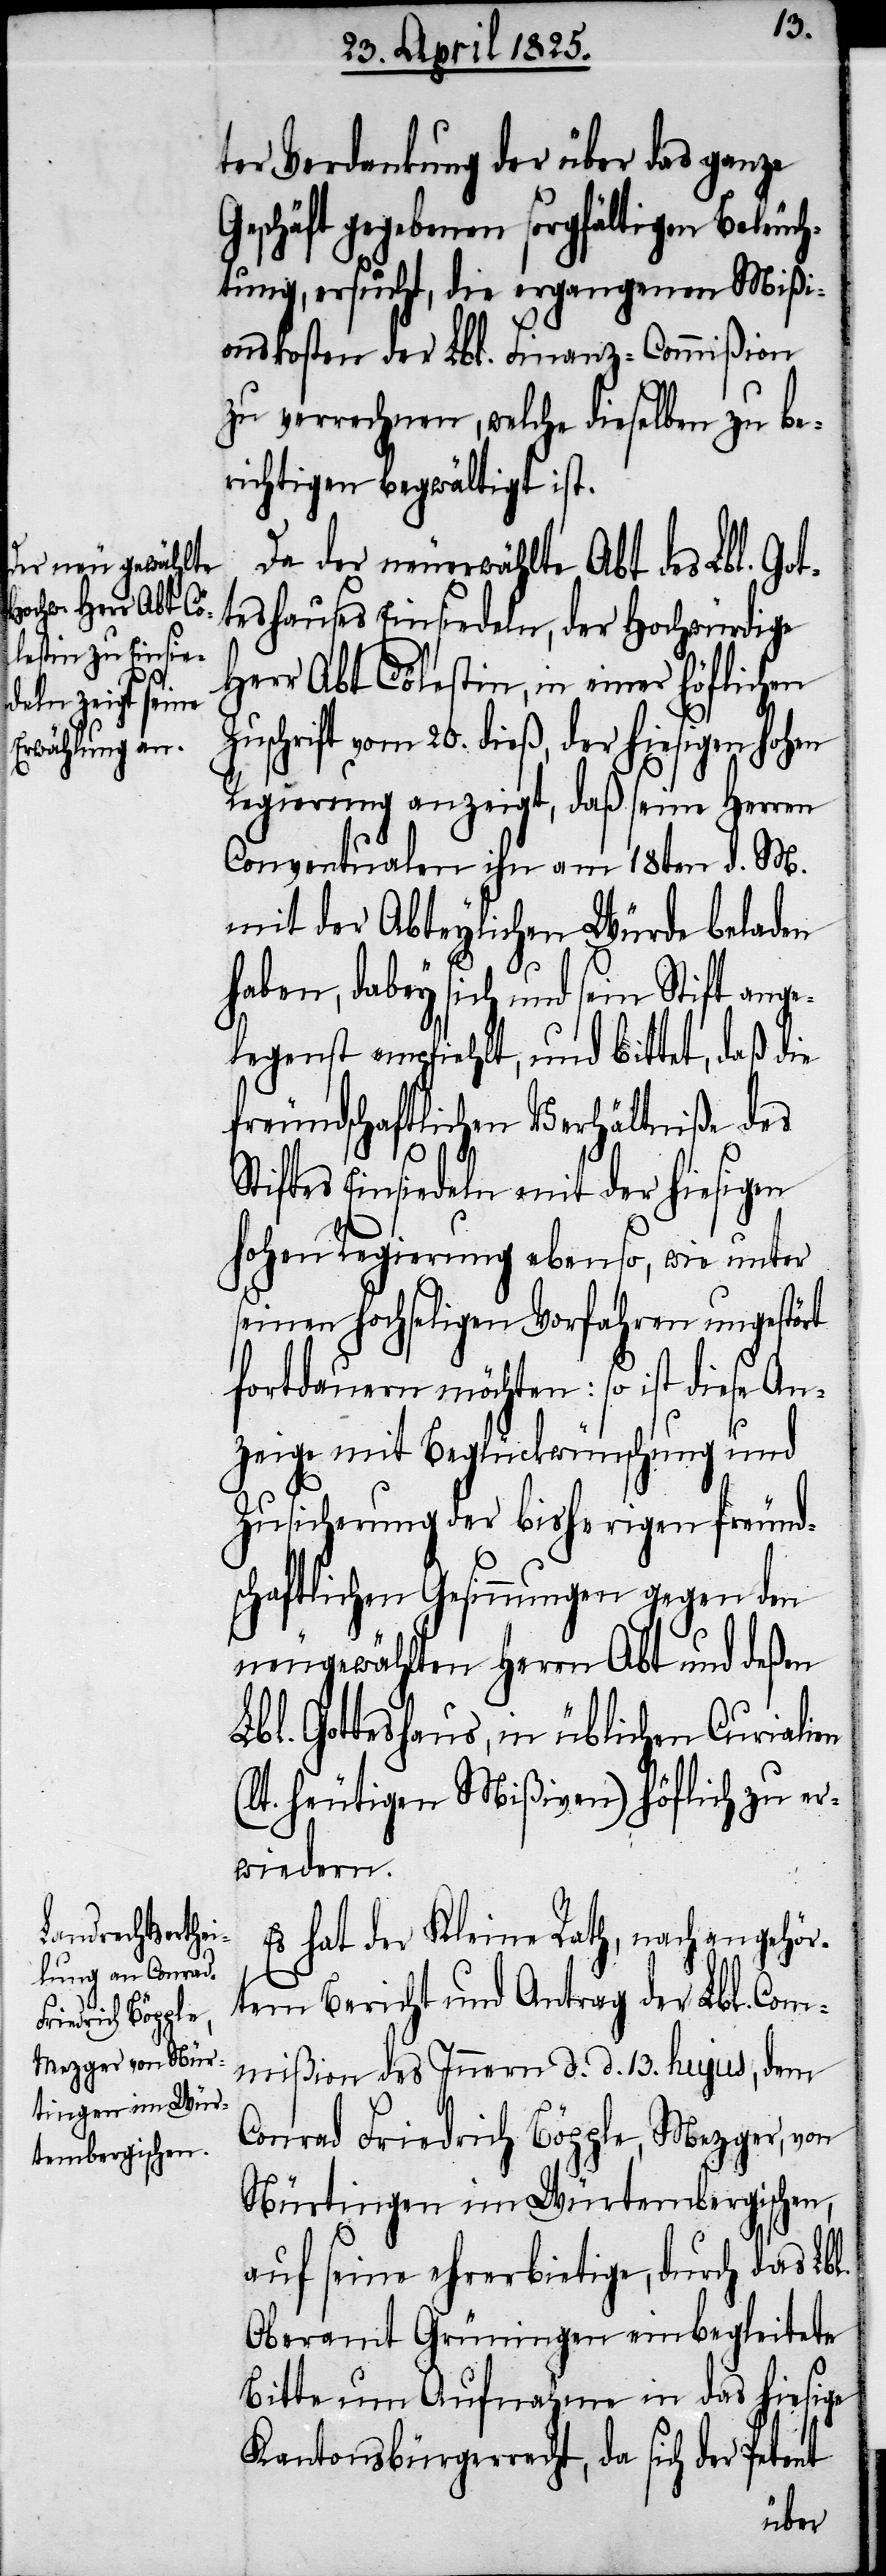
ter Verdankung der über das ganze
Geschäft gegebenen sorgfältigen Beleuc¬
htung, ersucht, die ergangenen Mißi¬
onskosten der Lbl. Finanz-Commißion
zu verrechnen, welche dieselben zu be¬
richtigen begwältigt ist.
Da der neuerwählte Abt des Lbl. Got¬
teshauses Einsiedeln, der Hochwürdige
Herr Abt Cölestin, in einer höflichen
Zuschrift vom 20. dieß, der hiesigen hohen
Regierung anzeigt, daß seine Herren
Conventualen ihn am 18ten d. M.
mit der Abteylichen Würde beladen
haben, dabey sich und sein Stift ang¬
elegenst empfiehlt, und bittet, daß die
freundschaftlichen Verhältniße des
Stiftes Einsiedeln mit der hiesigen
hohen Regierung ebenso, wie unter
seinem hochseligen Vorfahren ungestört
fortdauern möchten: so ist diese An¬
zeige mit Beglückwünschung
Zusicherung der bisherigen freund¬
schaftlichen Gesinnungen gegen den
Neugewählten Herrn Abt und deßen
Gotteshauses, in üblichen Curialien
(lt. heutigen Mißiven) höflich zu er¬
wiedern.
Es hat der Kleine Rath, nach angehör¬
tem Bericht und Antrag der Lbl. Com¬
mißion des Innern d. d. 13. hujus, dem
Conrad Friedrich Böggle, Mezger, von
Nürtingen im Würtembergischen,
auf seine ehrerbietige, durch das Lbl.
Oberamt Grüningen einbegleitete
Bitte um Aufnahme in das hiesige
Kantonsbürgerrecht, da sich der Petent